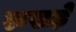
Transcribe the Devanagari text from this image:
रुखड़े